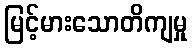
မြင့်မားသောတိကျမှု